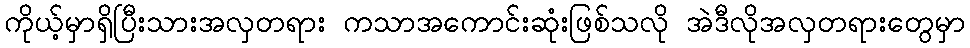
ကိုယ့်မှာရှိပြီးသားအလှတရား ကသာအကောင်းဆုံးဖြစ်သလို အဲဒီလိုအလှတရားတွေမှာ